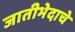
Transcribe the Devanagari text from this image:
जातीभेदाचे